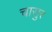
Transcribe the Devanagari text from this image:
चासुर